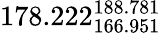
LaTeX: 178.222_{166.951}^{188.781}